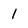
Character: 1